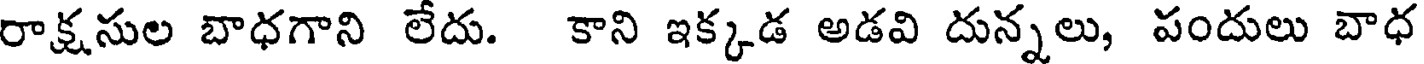
రాక్షసుల బాధగాని లేదు. కాని ఇక్కడ అడవి దున్నలు, పందులు బాధ